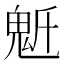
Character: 𩲔